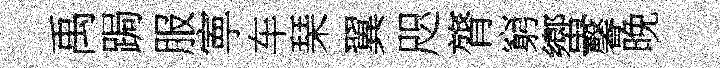
禹跼服寕车琹翼咫膂窮蠁馨晚